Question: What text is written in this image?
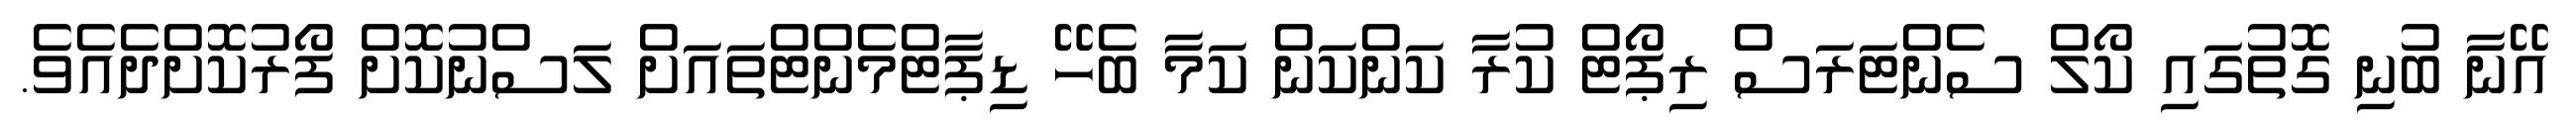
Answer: އޭނާ ބުނި ގޮތުގައި ކޯލް ސެންޓަރަސް ރިޕޯޓް ކުރާ ކަންކަން ކަމާ ބެހޭ ޑިޕާޓްމެންޓްތައަށް ލަސްނުކޮށް ފޯރުކޮށްދެއެވެ.